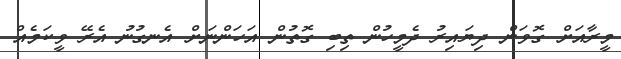
މީރާއަށް ގޮވަން ދިޔައިރު ދެމީހުން ތިބި ގޮތުން އަހަންނަށް އެނގުނު އެރޭ ވީކަމެއް